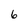
Character: 6